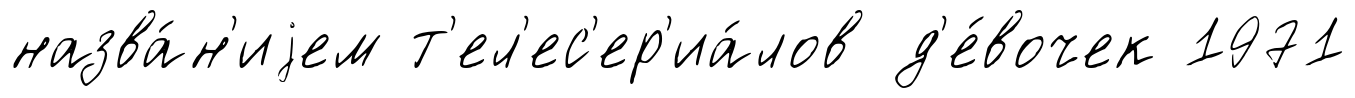
назва́н'иjем т'ел'ес'ер'иа́лов д'е́вочек 1971